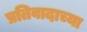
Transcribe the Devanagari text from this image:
प्रतिवादाच्या